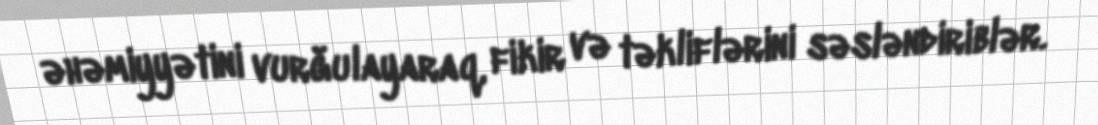
əhəmiyyətini vurğulayaraq, fikir və təkliflərini səsləndiriblər.